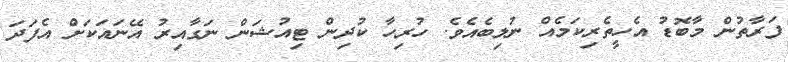
ފަރާތުން މާބޮޑު އެހީތެރިކަމެއް ނުލިބެއެވެ. ހުރިހާ ކުދިން ޓިއުޝަން ނަގާއިރު އޭނައަކަށް އެފަދަ